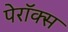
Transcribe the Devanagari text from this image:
पेरॉक्स